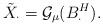
LaTeX: \begin{align*}\tilde{X}_\cdot=\mathcal{G}_\mu(B_\cdot^H).\end{align*}